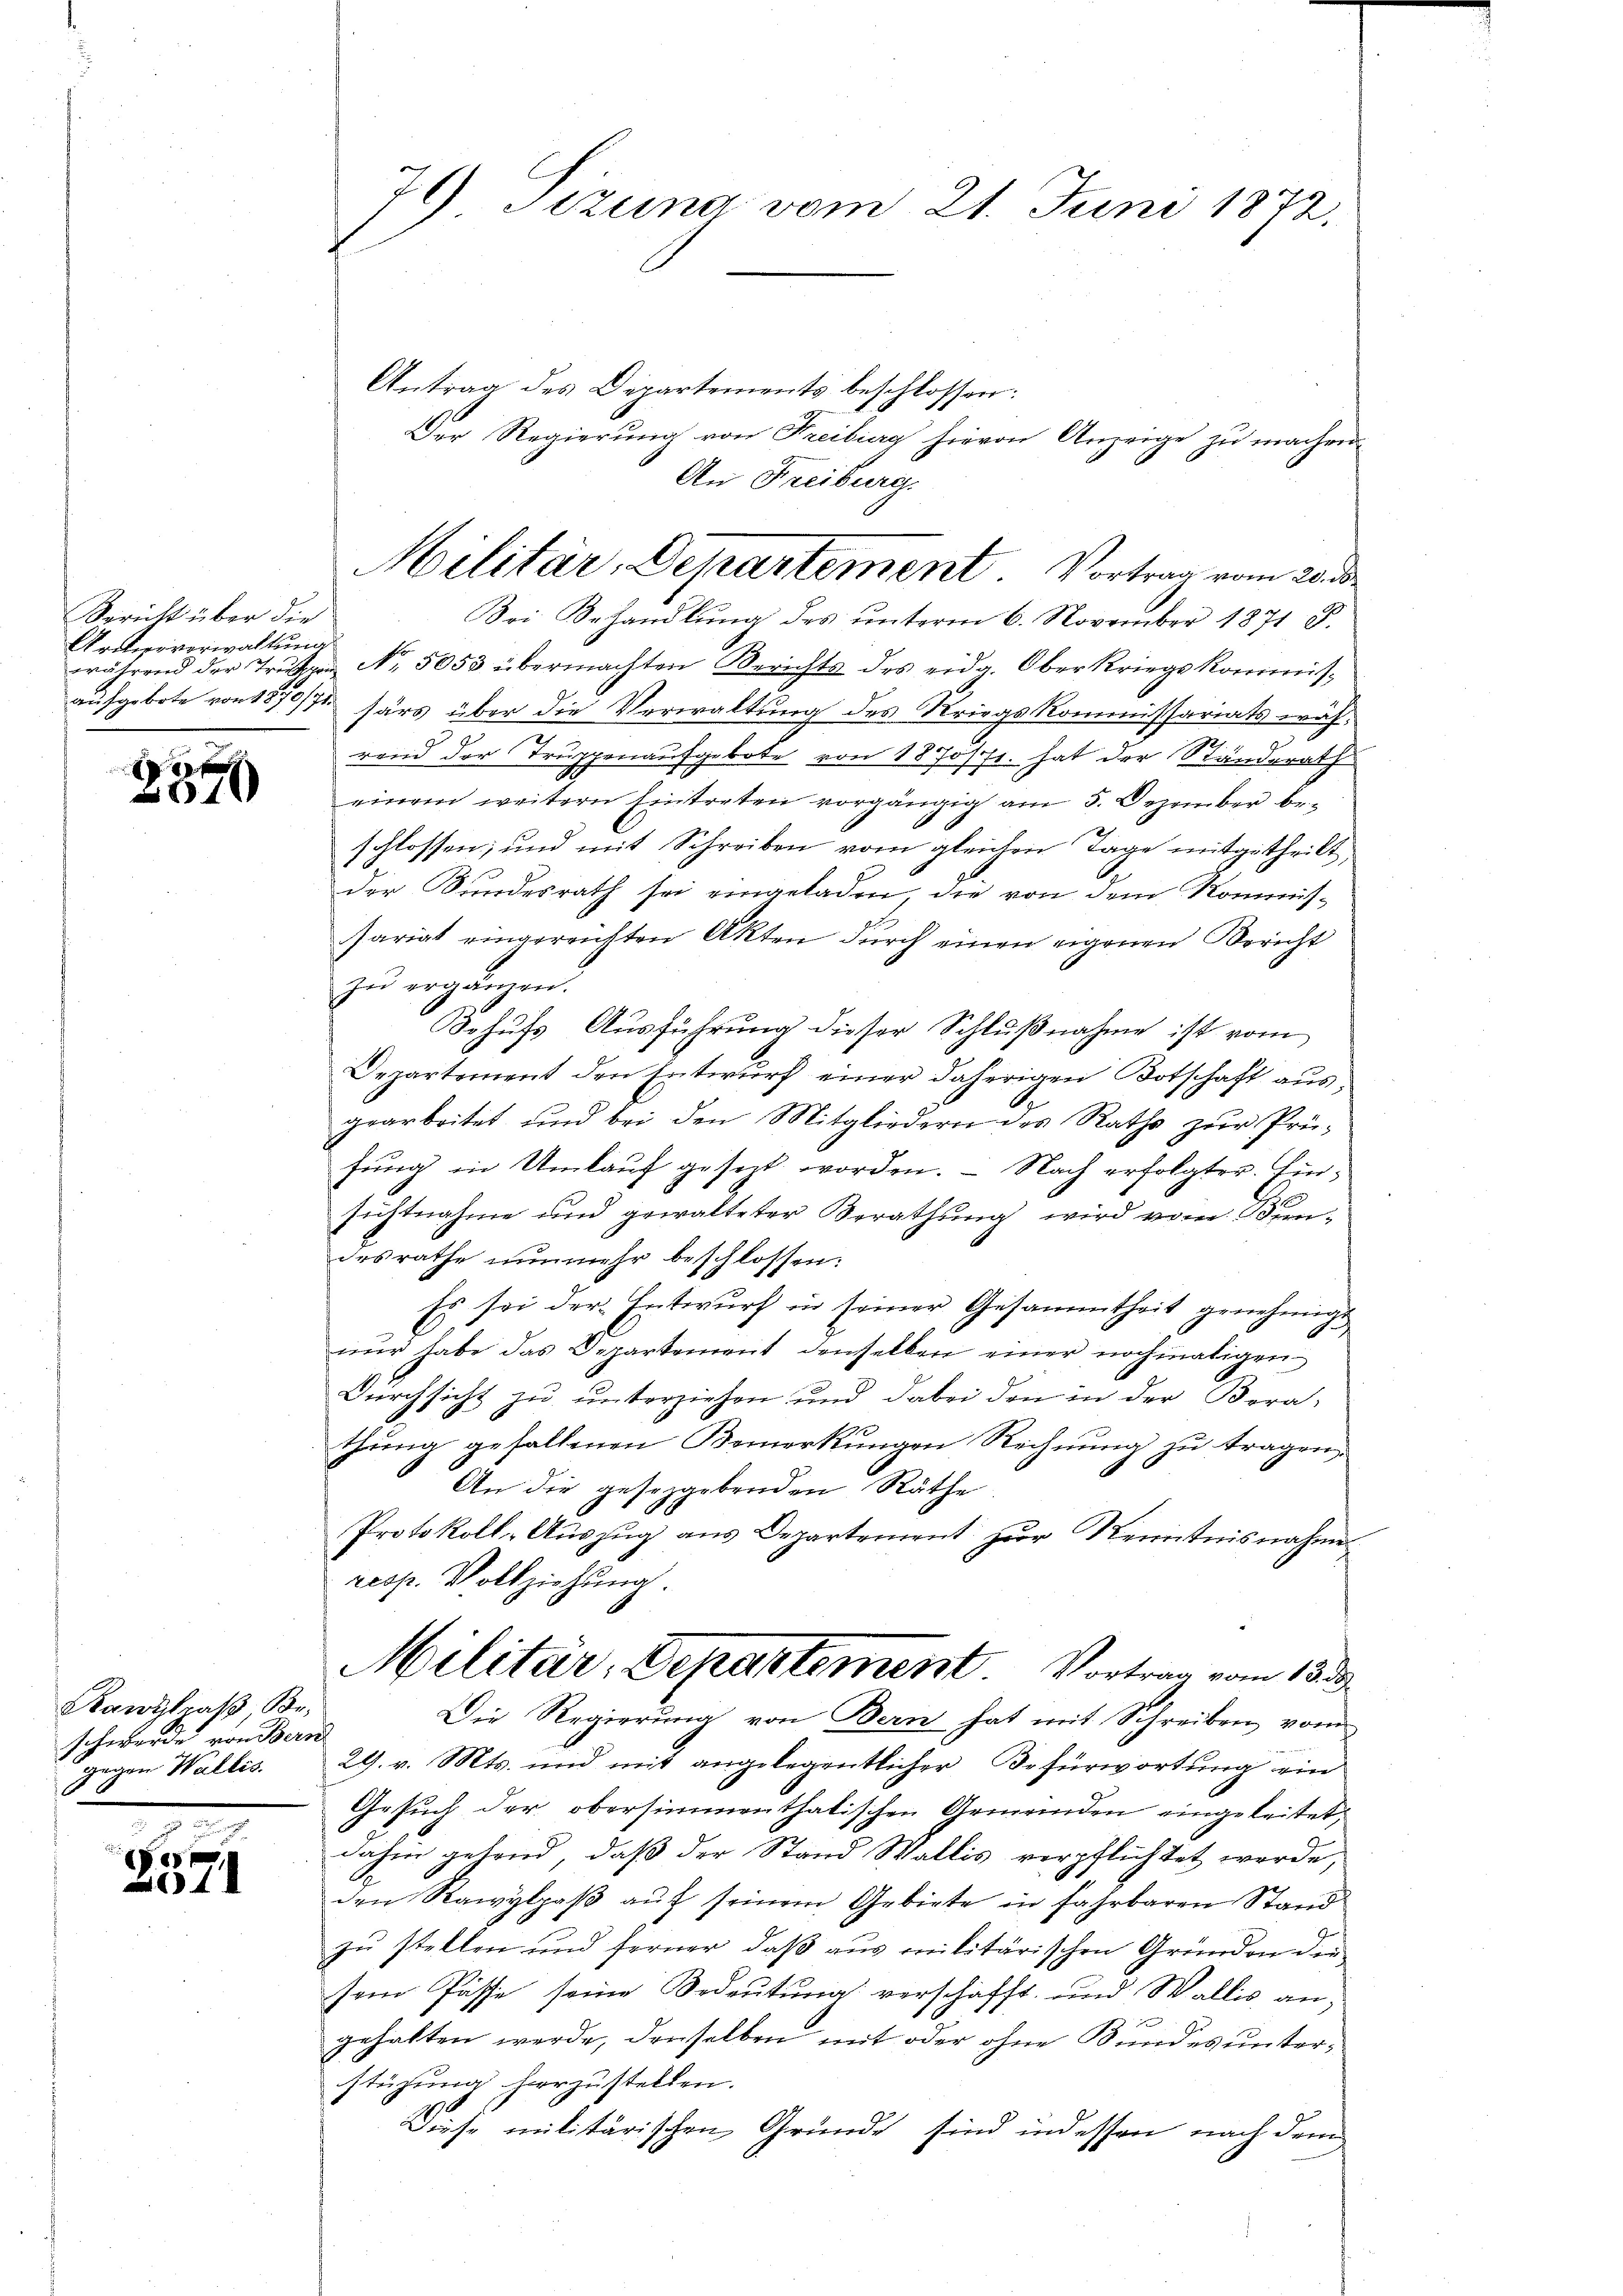
Bericht über die
Arcorverwaltung

18 x
010

Kanzlaß, Be-
schwerde von Bern
gegen Wallis.

2
x
011

79 Tizung vom 21. Juni 1872.

Antrag des Departements beschlossen:
Der Regierung von Freibung hievon Anzeige zu machen
An Freiburg.
während der Trŭt No. 5053 übermachten Berichts des eidg. Oberkriegskommis-
aufgebote von 1870/71 särs über die Verwaltung des Kriegskommissariats während der Truppenaufgebote von 1870/71. hat der Standerath
einem weitern Eintreten vorgängig am 5. Dezember beschlossen; und mit Schreiben vom gleichen Tage mitgetheilt,
der Bundesrath sei eingeladen, die von dem Kommis¬
Pariat eingereichten Akten durch einen eigenen Bericht
zŭ ergänzen.
Johufs Ausführung dieser Schlußnahme ist vom
Departement den Entwurf einer daherigen Botschaft ausgearbeitet und bei den Mitgliedern des Raths zŭr Prü-
zung in Umlauf gesezt worden. - Nach erfolgter. Einsichtnahme und gewalteter Berathung wird von dendesrathe nunmehr beschlossen:
Es sei der Entwurf in seiner Gesammtheit genehmigt
nur habe das Departement denselben einer nochmaligen
Durchsicht zu unterziehen und dabei den in der Bora-
thung gefallenen Bemerkungen Rechnung zu tragen.
An die gesetzgebenden Räthe
Protokoll-Auszug aus Departement zur Kenntnisnahme
resp. Vollziehung.
Militär- Departement. Vortrag vom 13. d.
Die Regierung von Bern hat mit Schreiben vom
29. v. Mts. und mit angelegentlicher Befürwortung ein
Gesuch der obersimmenthalischen Gemeinden eingeleitet,
dahin gehend, daß der Stand Wallis verpflichtet werde,
A
den Rawylpaβ aŭf seinem Gebiete in fahrbaren Stand
zu stellen und ferner, daß aus militärischen Gründen die
sem Pässe seine Bedeutung verschafft und Wallis an-
gehalten werde, denselben mit oder ohne Bundes unterstüzung hierzustellen.
Diese militärischen Gründe sind indessen nach dem

Militär, Departement. Vortrag vom 20. d
Bei Behandlŭng des ŭnterm 6. November 1871 S.